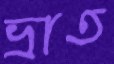
ভ্রাত